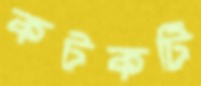
কটকটি